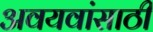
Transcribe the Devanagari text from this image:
अवयवांसाठी